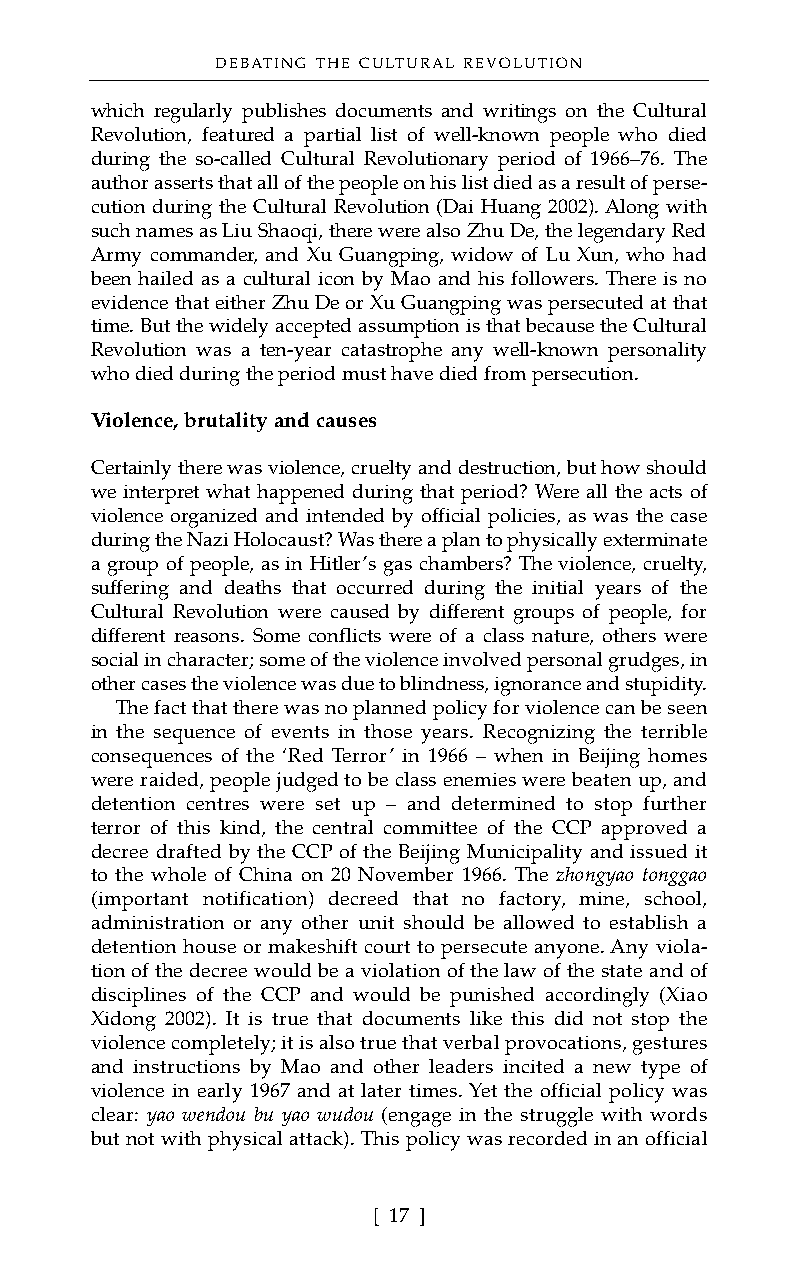
DEBATING THE CULTURAL REVOLUTION
 which regularly publishes documents and writings on the Cultural
 Revolution, featured a partial list of well-known people who died
 during the so-called Cultural Revolutionary period of 1966–76. The
 author asserts that all of the people on his list died as a result of perse-
 cution during the Cultural Revolution (Dai Huang 2002). Along with
 such names as Liu Shaoqi, there were also Zhu De, the legendary Red
 Army commander, and Xu Guangping, widow of Lu Xun, who had
 been hailed as a cultural icon by Mao and his followers. There is no
 evidence that either Zhu De or Xu Guangping was persecuted at that
 time. But the widely accepted assumption is that because the Cultural
 Revolution was a ten-year catastrophe any well-known personality
 who died during the period must have died from persecution.
 Violence, brutality and causes
 Certainly there was violence, cruelty and destruction, but how should
 we interpret what happened during that period? Were all the acts of
 violence organized and intended by official policies, as was the case
 during the Nazi Holocaust? Was there a plan to physically exterminate
 a group of people, as in Hitler’s gas chambers? The violence, cruelty,
 suffering and deaths that occurred during the initial years of the
 Cultural Revolution were caused by different groups of people, for
 different reasons. Some conflicts were of a class nature, others were
 social in character; some of the violence involved personal grudges, in
 other cases the violence was due to blindness, ignorance and stupidity.
 The fact that there was no planned policy for violence can be seen
 in the sequence of events in those years. Recognizing the terrible
 consequences of the ‘Red Terror’ in 1966 – when in Beijing homes
 were raided, people judged to be class enemies were beaten up, and
 detention centres were set up – and determined to stop further
 terror of this kind, the central committee of the CCP approved a
 decree drafted by the CCP of the Beijing Municipality and issued it
 to the whole of China on 20 November 1966. The zhongyao tonggao
 (important notification) decreed that no factory, mine, school,
 administration or any other unit should be allowed to establish a
 detention house or makeshift court to persecute anyone. Any viola-
 tion of the decree would be a violation of the law of the state and of
 disciplines of the CCP and would be punished accordingly (Xiao
 Xidong 2002). It is true that documents like this did not stop the
 violence completely; it is also true that verbal provocations, gestures
 and instructions by Mao and other leaders incited a new type of
 violence in early 1967 and at later times. Yet the official policy was
 clear: yao wendou bu yao wudou (engage in the struggle with words
 but not with physical attack). This policy was recorded in an official
 [ 17 ]